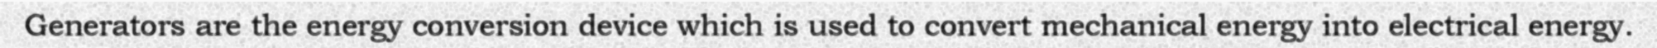
Generators are the energy conversion device which is used to convert mechanical energy into electrical energy.